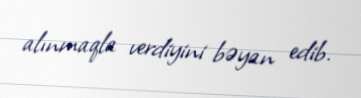
alınmaqla verdiyini bəyan edib.